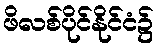
ဖိလစ်ပိုင်နိုင်ငံ၌